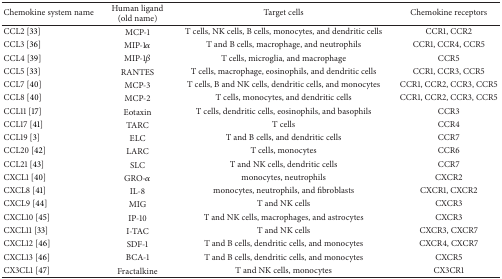
<table><thead><tr><td><b>Chemokine system name</b></td><td><b>Human ligand (old name)</b></td><td><b>Target cells</b></td><td><b>Chemokine receptors</b></td></tr></thead><tbody><tr><td>CCL2 [33]</td><td>MCP-1</td><td>T cells, NK cells, B cells, monocytes, and dendritic cells</td><td>CCR1, CCR2</td></tr><tr><td>CCL3 [36]</td><td>MIP-1<i>α</i></td><td>T and B cells, macrophage, and neutrophils</td><td>CCR1, CCR4, CCR5</td></tr><tr><td>CCL4 [39]</td><td>MIP-1<i>β</i></td><td>T cells, microglia, and macrophage</td><td>CCR5</td></tr><tr><td>CCL5 [33]</td><td>RANTES</td><td>T cells, macrophage, eosinophils, and dendritic cells</td><td>CCR1, CCR3, CCR5</td></tr><tr><td>CCL7 [40]</td><td>MCP-3</td><td>T cells, B and NK cells, dendritic cells, and monocytes</td><td>CCR1, CCR2, CCR3, CCR5</td></tr><tr><td>CCL8 [40]</td><td>MCP-2</td><td>T cells, monocytes, and dendritic cells</td><td>CCR1, CCR2, CCR3, CCR5</td></tr><tr><td>CCL11 [17]</td><td>Eotaxin</td><td>T cells, dendritic cells, eosinophils, and basophils</td><td>CCR3</td></tr><tr><td>CCL17 [41]</td><td>TARC</td><td>T cells</td><td>CCR4</td></tr><tr><td>CCL19 [3]</td><td>ELC</td><td>T and B cells, and dendritic cells</td><td>CCR7</td></tr><tr><td>CCL20 [42]</td><td>LARC</td><td>T cells, monocytes</td><td>CCR6</td></tr><tr><td>CCL21 [43]</td><td>SLC</td><td>T and NK cells, dendritic cells</td><td>CCR7</td></tr><tr><td>CXCL1 [40]</td><td>GRO-<i>α</i></td><td>monocytes, neutrophils</td><td>CXCR2</td></tr><tr><td>CXCL8 [41]</td><td>IL-8</td><td>monocytes, neutrophils, and fibroblasts</td><td>CXCR1, CXCR2</td></tr><tr><td>CXCL9 [44]</td><td>MIG</td><td>T and NK cells</td><td>CXCR3</td></tr><tr><td>CXCL10 [45]</td><td>IP-10</td><td>T and NK cells, macrophages, and astrocytes</td><td>CXCR3</td></tr><tr><td>CXCL11 [33]</td><td>I-TAC</td><td>T and NK cells</td><td>CXCR3, CXCR7</td></tr><tr><td>CXCL12 [46]</td><td>SDF-1</td><td>T and B cells, dendritic cells, and monocytes</td><td>CXCR4, CXCR7</td></tr><tr><td>CXCL13 [46]</td><td>BCA-1</td><td>T and B cells, dendritic cells, and monocytes</td><td>CXCR5</td></tr><tr><td>CX3CL1 [47]</td><td>Fractalkine</td><td>T and NK cells, monocytes</td><td>CX3CR1</td></tr></tbody></table>